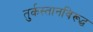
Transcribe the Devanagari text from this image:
तुर्कस्तानविरूद्ध